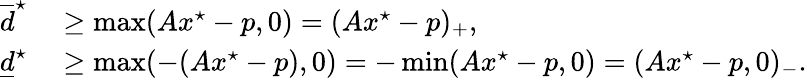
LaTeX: \begin{array}{rl}{\overline{d}^{\star}}&{{}\geq\operatorname*{max}(Ax^{\star}-p,0)=(Ax^{\star}-p)_{+},}\\ {\underline{d}^{\star}}&{{}\geq\operatorname*{max}(-(Ax^{\star}-p),0)=-\operatorname*{min}(Ax^{\star}-p,0)=(Ax^{\star}-p,0)_{-}.}\end{array}